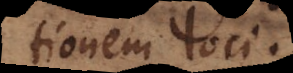
mutationem loci.